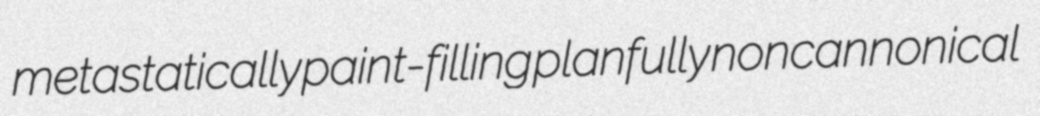
metastatically paint-filling planfully noncannonical